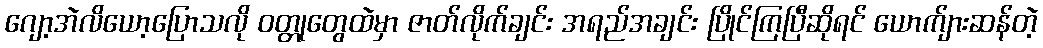
ဂျော့အဲလိယော့ပြောသလို ဝတ္တုတွေထဲမှာ ဇာတ်လိုက်ချင်း အရည်အချင်း ပြိုင်ကြပြီဆိုရင် ယောက်ျားဆန်တဲ့